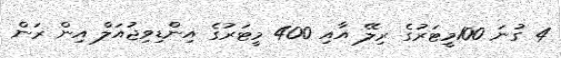
4 ގުނަ 100މީޓަރުގެ ރިލޭ އާއި 400 މީޓަރުގެ އިންޑިވިޖުއަލް އިން ރަން